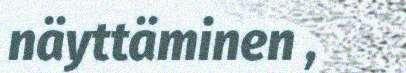
näyttäminen ,